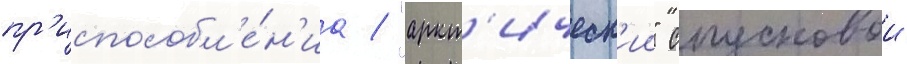
пр'испособл'е́н'иа / "аркт'ическ'ии" спусковои